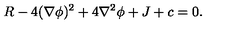
R - 4 ( \nabla \phi ) ^ { 2 } + 4 \nabla ^ { 2 } \phi + J + c = 0 .